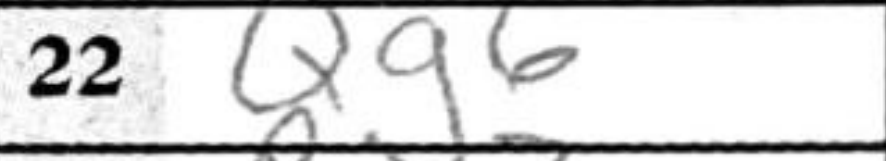
Transcription: Qg6